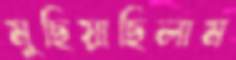
মুছিয়াছিলাম